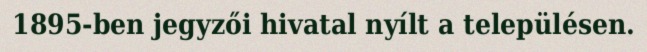
1895-ben jegyzői hivatal nyílt a településen.